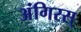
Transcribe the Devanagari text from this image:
अंगिरस्‌